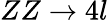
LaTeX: ZZ\to 4l